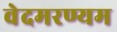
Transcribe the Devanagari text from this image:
वेदमरण्यम